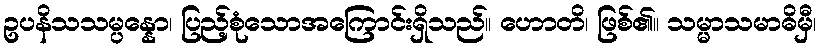
ဥပနိသသမ္ပန္နော၊ ပြည့်စုံသောအကြောင်းရှိသည်။ ဟောတိ၊ ဖြစ်၏။ သမ္မာသမာဓိမှီ၊